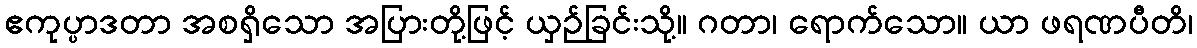
ဧကုပ္ပာဒတာ အစရှိသော အပြားတို့ဖြင့် ယှဉ်ခြင်းသို့။ ဂတာ၊ ရောက်သော။ ယာ ဖရဏပီတိ၊